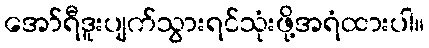
အော်ရီဒူးပျက်သွားရင်သုံးဖို့အရံထားပါ။